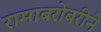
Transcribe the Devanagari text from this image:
रामाबरोबरीने